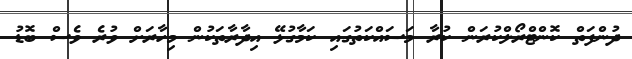
ދުންފަތް ކޮންޓްރޯލްކުރަން ކުރާ މަސައްކަތުގައި ކަމާގުޅޭ އިދާރާތަކުން މިހާރަށް ވުރެ ވެސް ބޮޑު